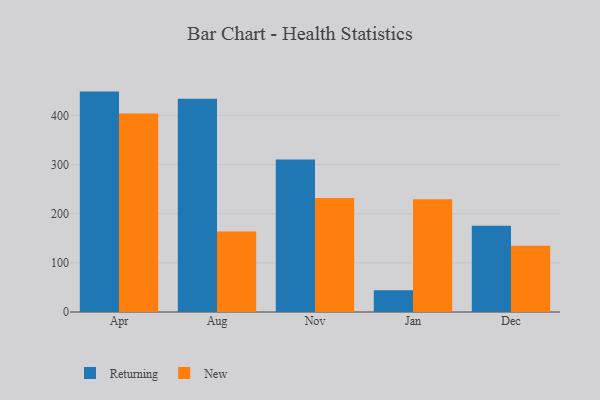
{"axis": {"x": "Month", "y": "Churn Rate (%)"}, "legend": ["New", "Returning"], "data": [{"x": "Apr", "y": 448.4, "type": "Returning"}, {"x": "Apr", "y": 404.0, "type": "New"}, {"x": "Aug", "y": 433.7, "type": "Returning"}, {"x": "Aug", "y": 163.6, "type": "New"}, {"x": "Nov", "y": 310.1, "type": "Returning"}, {"x": "Nov", "y": 232.0, "type": "New"}, {"x": "Jan", "y": 44.0, "type": "Returning"}, {"x": "Jan", "y": 229.6, "type": "New"}, {"x": "Dec", "y": 175.3, "type": "Returning"}, {"x": "Dec", "y": 134.9, "type": "New"}]}